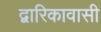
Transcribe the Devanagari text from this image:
द्वारिकावासी